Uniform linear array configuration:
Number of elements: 48
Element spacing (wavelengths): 0.25
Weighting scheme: exponential
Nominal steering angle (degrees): -15
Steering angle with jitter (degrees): -15.777
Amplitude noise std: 0.05
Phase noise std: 0.05

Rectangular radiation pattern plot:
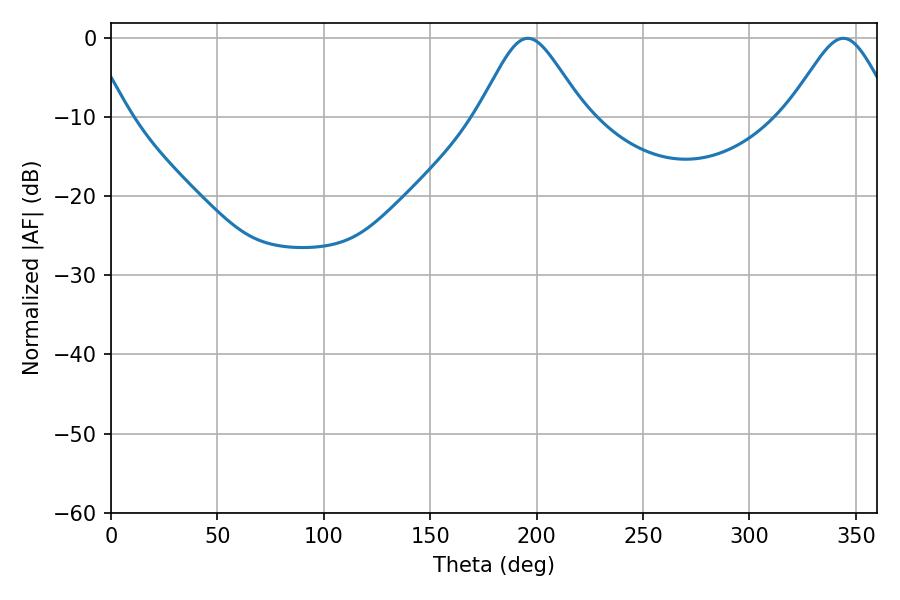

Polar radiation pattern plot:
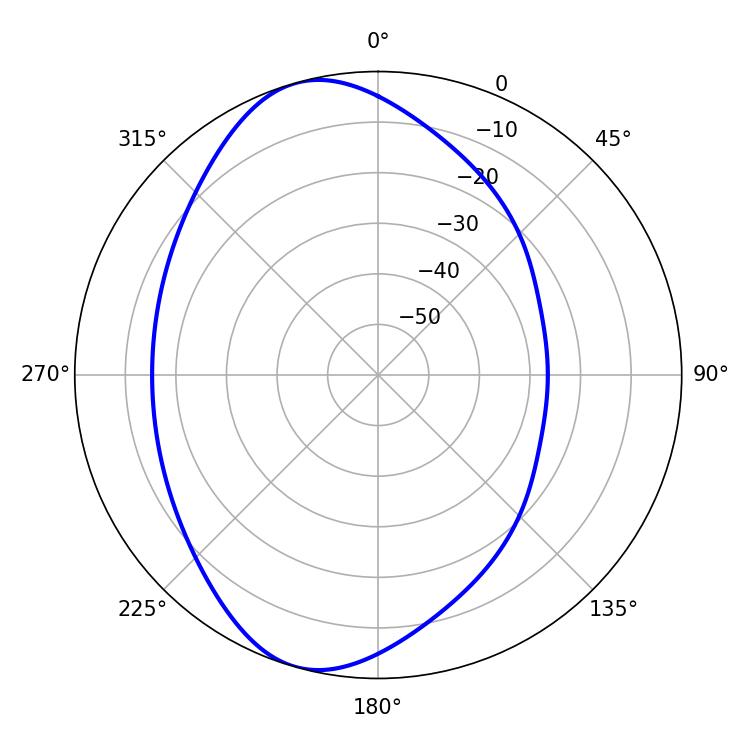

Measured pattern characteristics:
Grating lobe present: FALSE
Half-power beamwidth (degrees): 24.48
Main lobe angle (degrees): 195.84